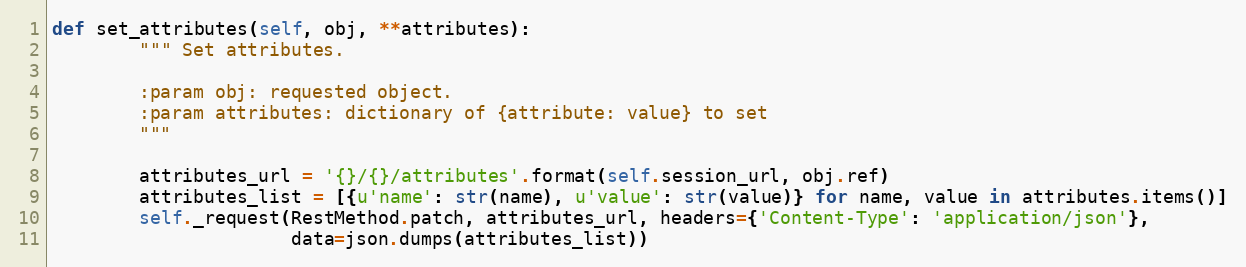
Language: Python
def set_attributes(self, obj, **attributes):
        """ Set attributes.

        :param obj: requested object.
        :param attributes: dictionary of {attribute: value} to set
        """

        attributes_url = '{}/{}/attributes'.format(self.session_url, obj.ref)
        attributes_list = [{u'name': str(name), u'value': str(value)} for name, value in attributes.items()]
        self._request(RestMethod.patch, attributes_url, headers={'Content-Type': 'application/json'},
                      data=json.dumps(attributes_list))